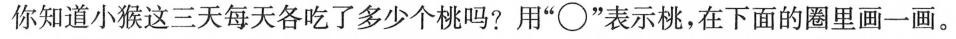
你知道小猴这三天每天各吃了多少个桃吗?用”\circ”表示桃，在下面的圈里画一画。